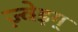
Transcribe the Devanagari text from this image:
ज़्वेइग्